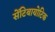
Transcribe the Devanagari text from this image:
सेंटिबायोटिक